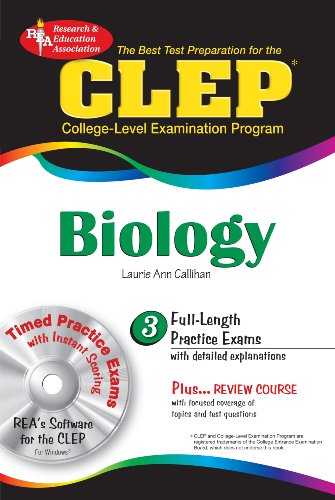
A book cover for CLEP Biology (REA) with CD-ROM - The Best Test Prep for the CLEP Exam: with REA's TESTware (Test Preps); Laurie Ann Callihan; Test Preparation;